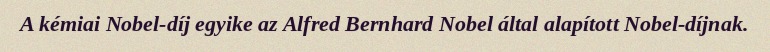
A kémiai Nobel-díj egyike az Alfred Bernhard Nobel által alapított Nobel-díjnak.